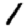
Digit: 1